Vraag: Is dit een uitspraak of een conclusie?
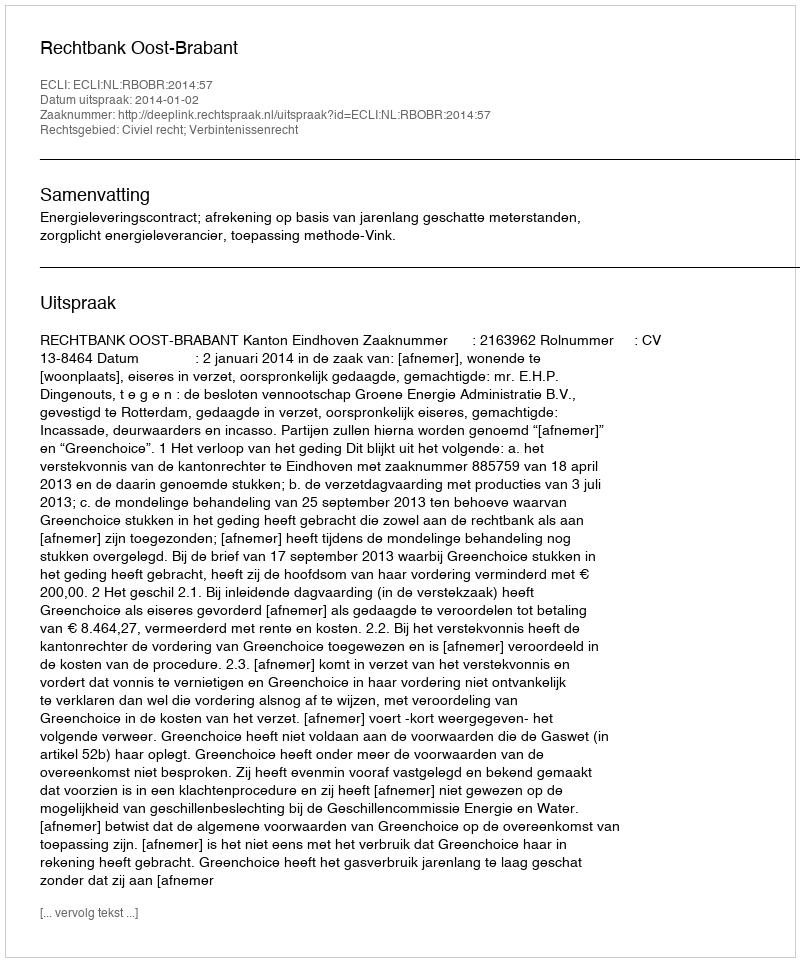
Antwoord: Uitspraak